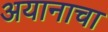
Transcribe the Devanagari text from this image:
अयानाचा